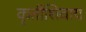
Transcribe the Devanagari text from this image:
कृतीशिवाय